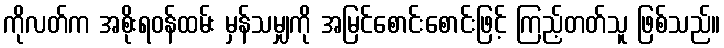
ကိုလတ်က အစိုးရဝန်ထမ်း မှန်သမျှကို အမြင်စောင်းစောင်းဖြင့် ကြည့်တတ်သူ ဖြစ်သည်။